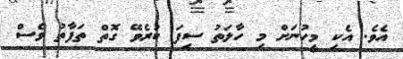
އެވެ. އެކި މީހުނަށް މި ހާލަތު ސިފަ ކުރެވޭ ގޮތް ތަފާތު ވެސް